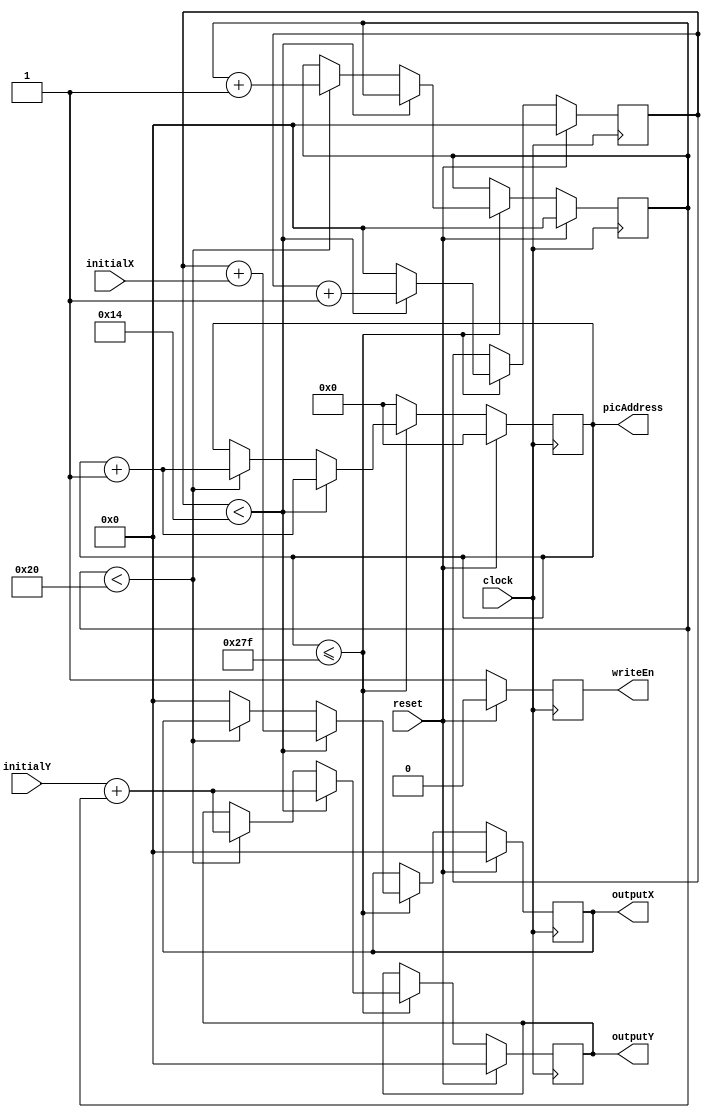
module drawNumbers(reset, clock, writeEn, initialX, initialY, outputX, outputY, picAddress);
	//parameter WIDTH = 20;
	//parameter HEIGHT = 32;
	
	input clock;
	input reset;
	output reg writeEn;
	input [8:0] initialX;
	input [8:0] initialY;
	output reg [8:0] outputX;
	output reg [8:0] outputY;
	output reg [11:0] picAddress;
	
	 reg [8:0] xCounter;
	 reg [8:0] yCounter;
	
	always@(posedge clock)begin
		if (reset) begin
			outputX<=8'd0;
			outputY<=8'd0;
			xCounter<=9'b0;
			yCounter<=9'b0;
			picAddress<=9'b0;
			writeEn <= 1'b0;
			
		end
		else begin
			writeEn <= 1'b1;
			//outputX <= initialX;
			//outputY	<= initialY;
			if (picAddress <= 20'd639) begin
				
				if (xCounter < 5'd20) begin
					outputX <= xCounter + initialX;
					outputY<=  initialY + yCounter;

					xCounter <= xCounter + 1'b1;
					picAddress <= picAddress + 1'b1;
				end
				else begin
					xCounter <= 6'b0;
					if (yCounter < 6'd32)begin
						picAddress<= picAddress + 1'b1;
						outputY<=  initialY + yCounter;
						yCounter <= yCounter +1'b1;
						xCounter <= 6'b0;
					end
					else begin
						outputX <= 1'b0;
					end
				
	//				else begin
	//					yCounter<= 6'b0;
	//				end
					end
				end
			else 
				picAddress <= 20'd0;
			end
		end

		endmodule